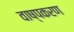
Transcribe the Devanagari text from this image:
वाष्पकरण